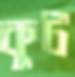
কূট